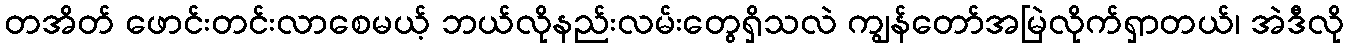
တအိတ် ဖောင်းတင်းလာစေမယ့် ဘယ်လိုနည်းလမ်းတွေရှိသလဲ ကျွန်တော်အမြဲလိုက်ရှာတယ်၊ အဲဒီလို